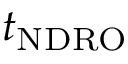
t _ { \mathrm { N D R O } }